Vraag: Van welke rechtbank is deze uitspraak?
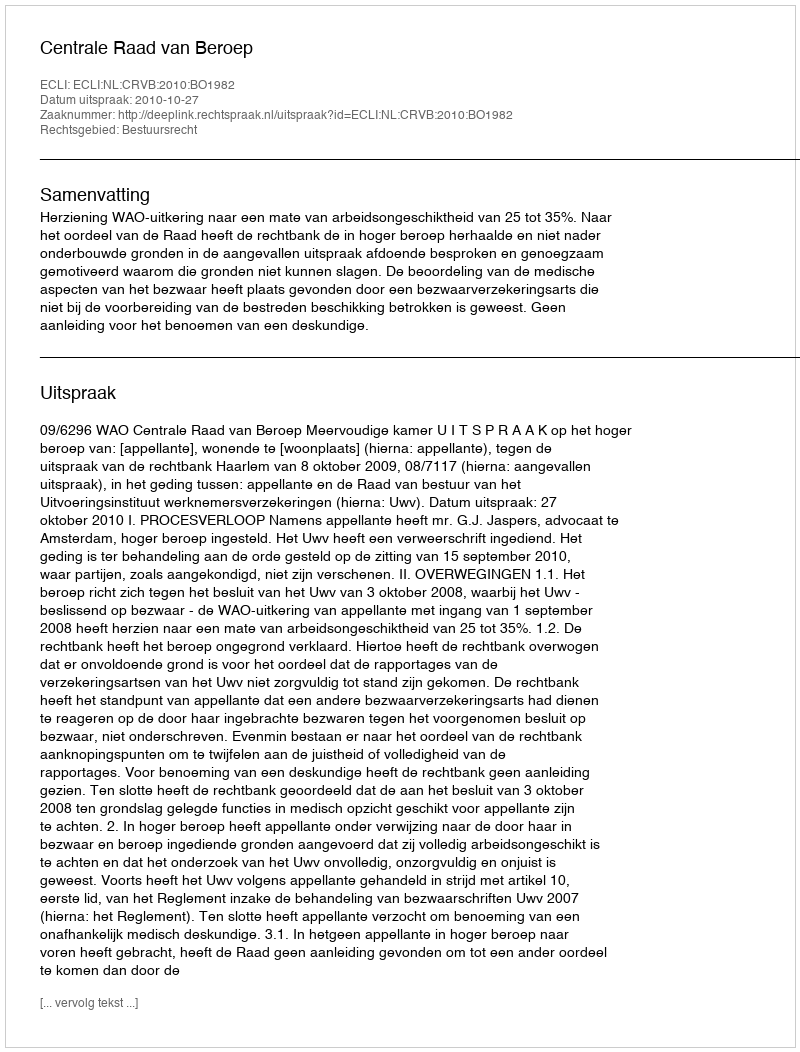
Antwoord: Centrale Raad van Beroep